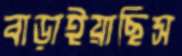
বাড়াইয়াছিস